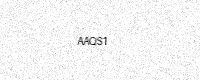
Text: AAQS1